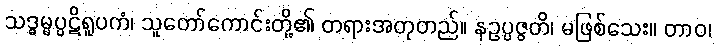
သဒ္ဓမ္မပ္ပဋိရူပကံ၊ သူတော်ကောင်းတို့၏ တရားအတုတည်။ နဥပ္ပဇ္ဇတိ၊ မဖြစ်သေး။ တာဝ၊